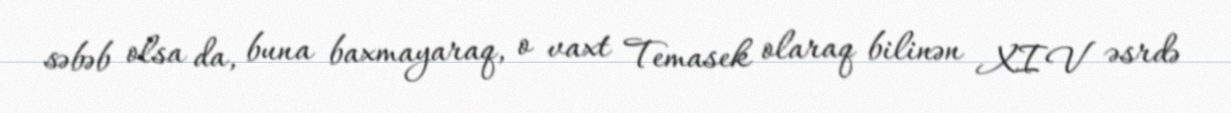
səbəb olsa da, buna baxmayaraq, o vaxt Temasek olaraq bilinən XIV əsrdə